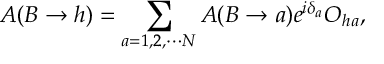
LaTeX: A ( B \rightarrow h ) = \sum _ { a = 1 , 2 , \cdots N } A ( B \rightarrow a ) e ^ { i \delta _ { a } } O _ { h a } ,